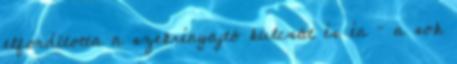
elfordította a szekrényajtó kulcsát és én – a sok